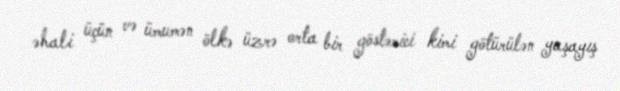
əhali üçün və ümumən ölkə üzrə orta bir göstərici kimi götürülən yaşayış